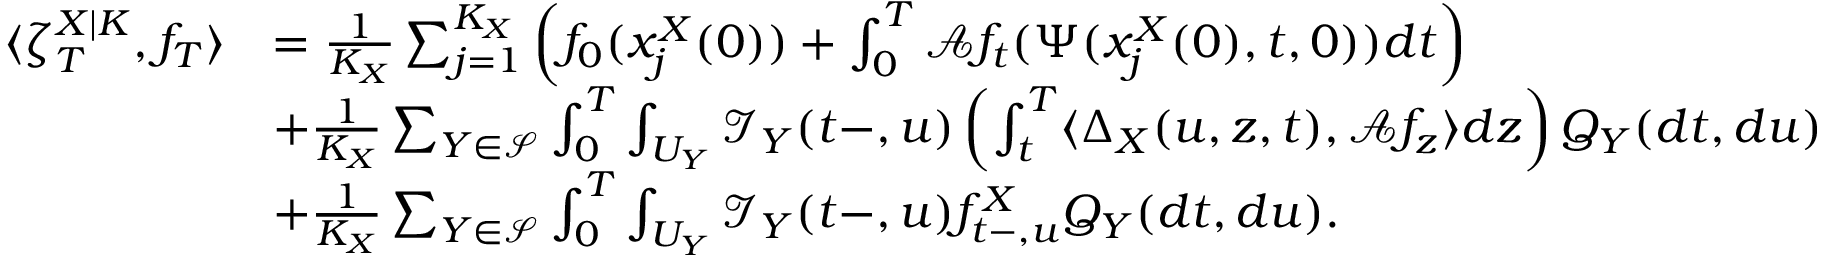
\begin{array} { r l } { \langle \zeta _ { T } ^ { X | K } , f _ { T } \rangle } & { = \frac { 1 } { K _ { X } } \sum _ { j = 1 } ^ { K _ { X } } \left( f _ { 0 } ( x _ { j } ^ { X } ( 0 ) ) + \int _ { 0 } ^ { T } \mathcal { A } f _ { t } ( \Psi ( x _ { j } ^ { X } ( 0 ) , t , 0 ) ) d t \right) } \\ & { + \frac { 1 } { K _ { X } } \sum _ { Y \in \mathcal { S } } \int _ { 0 } ^ { T } \int _ { U _ { Y } } \mathcal { I } _ { Y } ( t - , u ) \left( \int _ { t } ^ { T } \langle \Delta _ { X } ( u , z , t ) , \mathcal { A } f _ { z } \rangle d z \right) Q _ { Y } ( d t , d u ) } \\ & { + \frac { 1 } { K _ { X } } \sum _ { Y \in \mathcal { S } } \int _ { 0 } ^ { T } \int _ { U _ { Y } } \mathcal { I } _ { Y } ( t - , u ) f _ { t - , u } ^ { X } Q _ { Y } ( d t , d u ) . } \end{array}